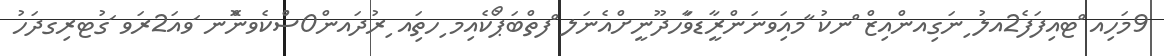
9މަހިއ ްޓއިފަަފެ2އލު ިނަގިއންއިޒް ްނކު ާމއިަވނަންރާީޑވަާހދޫނީށްއެނަަލ ްފތްބަޕޯުކެއިމ ިހތަިއ ިރުދައން0ސްުކެވނޮްނ ަވއަ2ރަވ ަގުޓރިިގދަހު